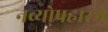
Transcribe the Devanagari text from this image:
नव्योपहारम्